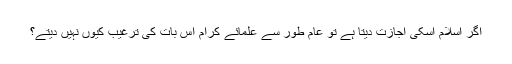
اگر اسلام اسکی اجازت دیتا ہے تو عام طور سے علمائے کرام اس بات کی ترغیب کیوں نہیں دیتے؟